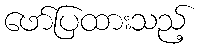
ဖော်ပြထားသည့်